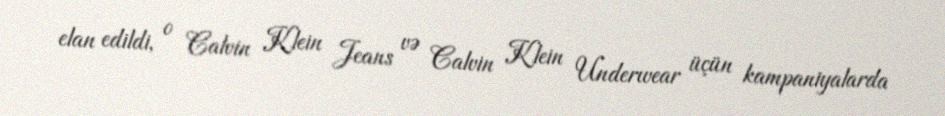
elan edildi, o Calvin Klein Jeans və Calvin Klein Underwear üçün kampaniyalarda